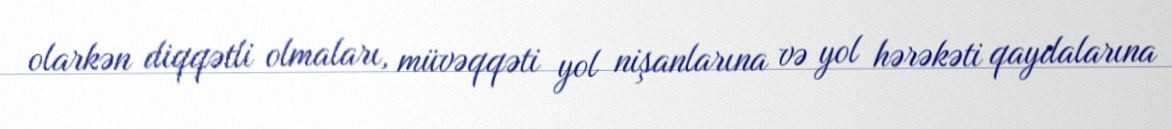
olarkən diqqətli olmaları, müvəqqəti yol nişanlarına və yol hərəkəti qaydalarına